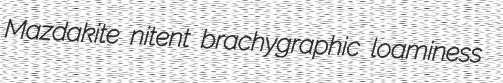
Mazdakite nitent brachygraphic loaminess